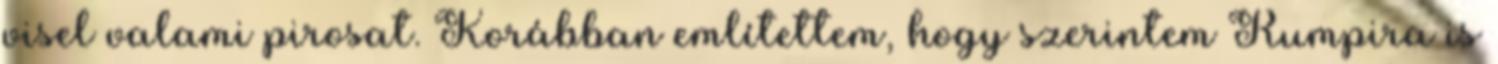
visel valami pirosat. Korábban említettem, hogy szerintem Rumpira is